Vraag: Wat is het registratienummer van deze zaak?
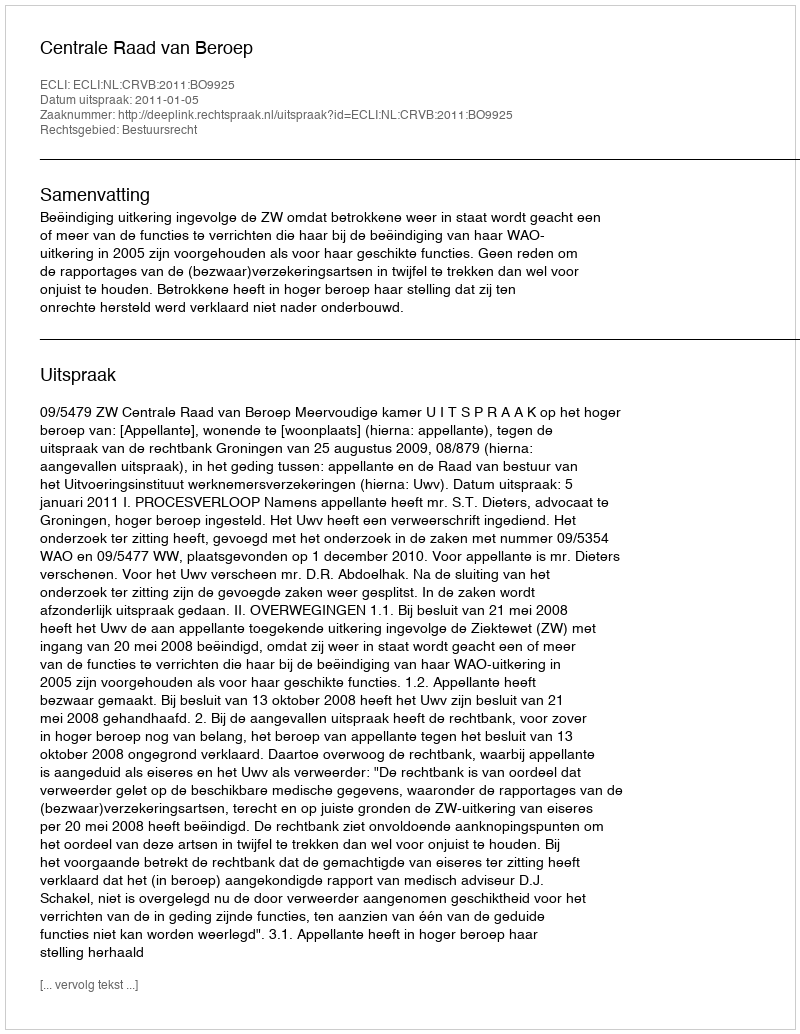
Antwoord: http://deeplink.rechtspraak.nl/uitspraak?id=ECLI:NL:CRVB:2011:BO9925